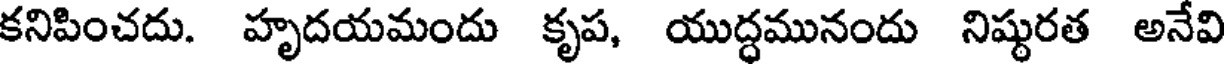
కనిపించదు. హృదయమందు కృప, యుద్ధమునందు నిష్టరత అనేవి